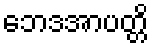
ဘေဒအာပတ္တိ